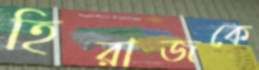
হিরাজকে